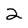
Character: 2